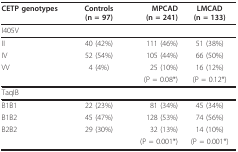
| CETP genotypes | Controls(n = 97) | MPCAD(n = 241) | LMCAD(n = 133) |
 | --- | --- | --- | --- |
 | I405V |  |  |  |
 | II | 40 (42%) | 111 (46%) | 51 (38%) |
 | IV | 52 (54%) | 105 (44%) | 66 (50%) |
 | VV | 4 (4%) | 25 (10%) | 16 (12%) |
 |  |  | (P = 0.08*) | (P = 0.12*) |
 | TaqIB |  |  |  |
 | B1B1 | 22 (23%) | 81 (34%) | 45 (34%) |
 | B1B2 | 45 (47%) | 128 (53%) | 74 (56%) |
 | B2B2 | 29 (30%) | 32 (13%) | 14 (10%) |
 |  |  | (P = 0.001*) | (P = 0.001*) |